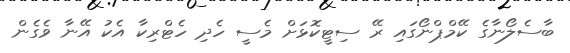
ބާސެލޯނާގެ ކޭމްޕްނޯގައި ރޭ ސިޓީކޮޅަށް މެސީ ހެދި ހެޓްރިކާ އެކު އޭނާ ވެގެން